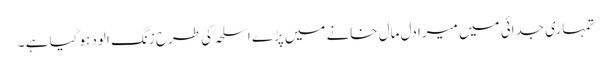
تمہاری جدائی میں میرا دل مال خانے میں پڑے اسلحہ کی طرح زنگ الود ہو گیا ہے ۔